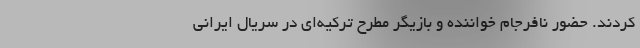
کردند. حضور نافرجام خواننده و بازیگر مطرح ترکیه‌ای در سریال ایرانی